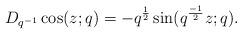
LaTeX: \begin{align*} D_{q^{-1}} \cos( z;q) = -q^{\frac{1}{2}} \sin(q^{\frac{-1}{2}} z;q).\end{align*}